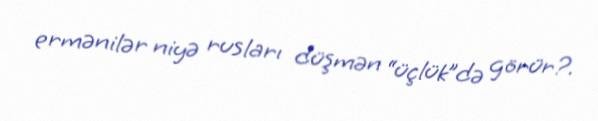
ermənilər niyə rusları düşmən “üçlük”də görür?.